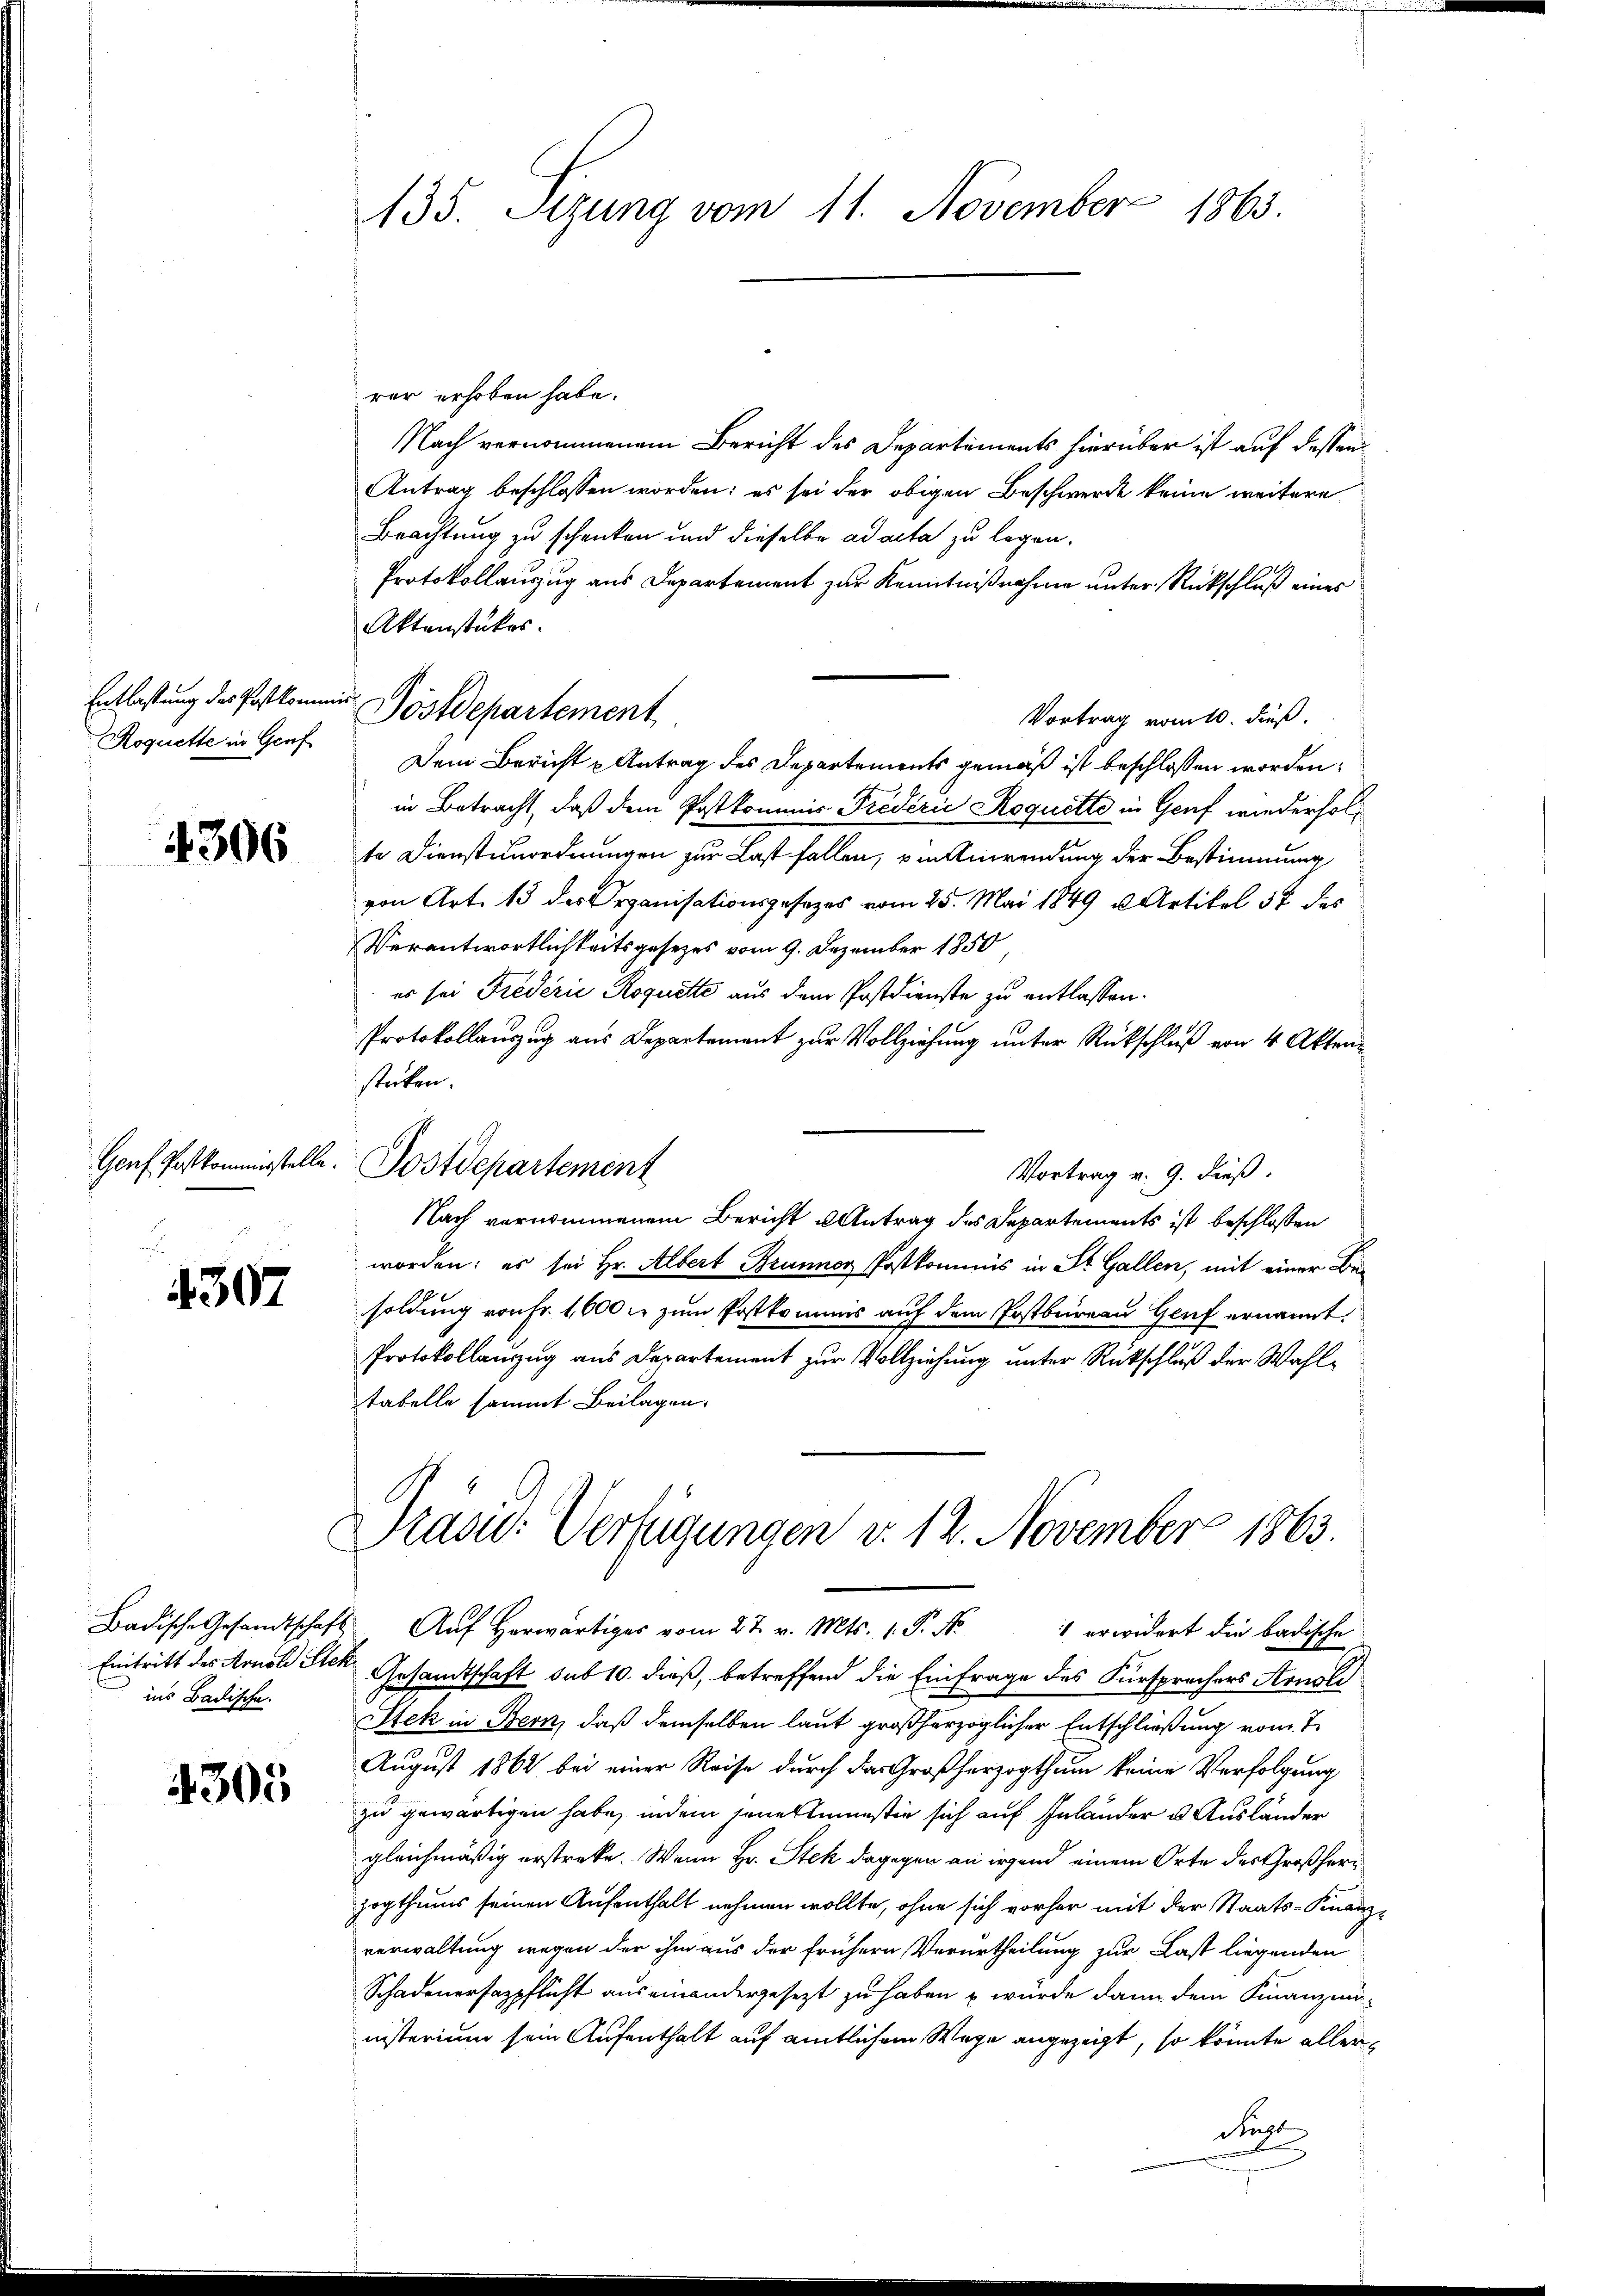
Entlastung des Postkomm
Roquette in Genf

4306

Genf Postkommisstelle.

4307

Eintritt des Arnold Stek
ins Badische.

4305

135. Sizung vom 11. November 1863.

rer erhoben habe.
Nach vernommenem Bericht des Departements hierüber ist auf dessen
Antrag beschlossen worden; es sei der obigen Beschwerde keine weitere
Beachtung zu schenken und dieselbe ad acta zu legen.
Protokollauszug aus Departement zur Kenntnißnahme unter Rückschluß eines
Aktenstückes.
Vortrag vom 10. dieß.
Dem Bericht u Antrag des Departements gemäß ist beschlossen worden:
in Betracht, daß dem Postkommis Fredérić Roquette in Genf wiederholte Dienstunordnungen zur Last fallen, von Anwendung der Bestimmung
von Art. 13 des Organisationsgesezes vom 25. Mai 1849 u. Artikel 57 des
Verantwortlichkeitsgesetzes vom 9. Dezember 1850
es sei Frederić Roquette aus dem Postdienste zu entlassen.
Protokollauszug aus Departement zur Vollziehung unter Rückschluß von 4 Aktenstücken.
Postdepartement
Vortrag v. 9. dieß.
Nach vernommenem Bericht u Antrag des Departements ist beschlossen
worden; es sei Hr. Albert Brunner Postkommnis in St. Gallen, mit einer Besoldung von Fr. 1600 fl zum Postkommnis auf dem Postbureau Genf ernannt,
Protokollanzug aus Departement zur Vollziehung unter Rückschluß der Wahltabelle sammt Beilagen.
Präsid. Verfügungen v. 12. November 1863.

in Postdepartement

Gesamtschaft sub 10. dieß, betreffend die Einfrage des Fürsprechers Arnold
Stek in Bern, daß demselben laut großherzoglicher Entschließung vom 7.
August 1862 bei einer Reise durch das Großherzogthum keine Verfolgung
zu gewärtigen habe, indem jenerlinistie sich auf Inländer u. Ausländer
gleichmäßig erstreke. Wenn Hr. Stek dagegen an irgend einem Orte des Großherzogthums seinen Aufenthalt nehmen wollte, ohne sich vorher mit der Staats-Finanz-
verwaltung wegen der ihm aus der frühern Verurtheilung zur Last liegenden
Schadenersazpflicht aus einandergesezt zu haben u würde dann dem Finanzministerium sein Aufenthalt auf amtlichem Wege angezeigt, so könnte allerdicht

Badische Gesandtschaft. Aŭf herwärtiger vom 27. v. Mts. 1. P. Nr. 1 erwidert die badische